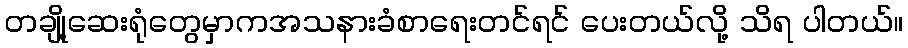
တချို့ဆေးရုံတွေမှာကအသနားခံစာရေးတင်ရင် ပေးတယ်လို့ သိရ ပါတယ်။